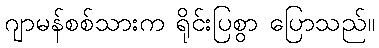
ဂျာမန်စစ်သားက ရိုင်းပြစွာ ပြောသည်။